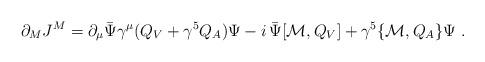
LaTeX: \begin{align*}\partial_MJ^M=\partial_\mu \bar\Psi\gamma^\mu (Q_V+\gamma^5 Q_A)\Psi -i\,\bar\Psi [{\cal M},Q_V]+\gamma^5\{ {\cal M},Q_A \}\Psi \;.\end{align*}